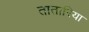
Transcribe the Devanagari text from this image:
तातारिया